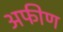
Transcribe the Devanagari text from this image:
अफीण